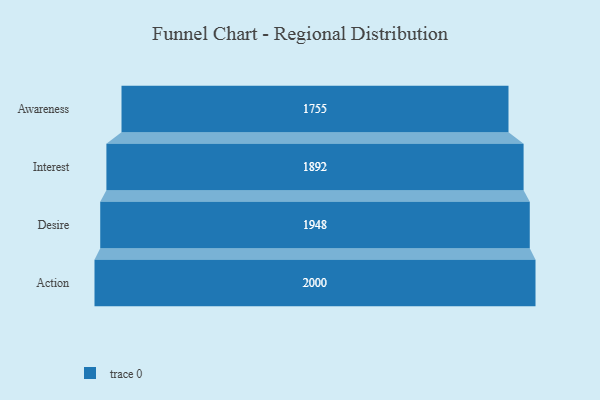
{"axis": {"x": "Stage", "y": "Value"}, "legend": [""], "data": [{"x": "Awareness", "y": 1755.0, "type": ""}, {"x": "Interest", "y": 1892.0, "type": ""}, {"x": "Desire", "y": 1948.0, "type": ""}, {"x": "Action", "y": 2000, "type": ""}]}